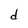
Character: d